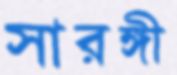
সারঙ্গী